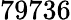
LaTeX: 79736